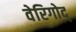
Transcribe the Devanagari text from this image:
वेरिगोद्